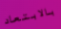
بالابتعاد